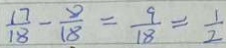
\frac { 1 7 } { 1 8 } - \frac { 8 } { 1 8 } = \frac { 9 } { 1 8 } = \frac { 1 } { 2 }